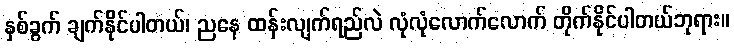
နှစ်ခွက် ချက်နိုင်ပါတယ်၊ ညနေ ထန်းလျက်ရည်လဲ လုံလုံလောက်လောက် တိုက်နိုင်ပါတယ်ဘုရား။